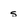
Character: s